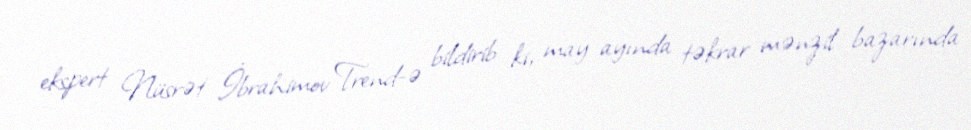
ekspert Nüsrət İbrahimov Trend-ə bildirib ki, may ayında təkrar mənzil bazarında